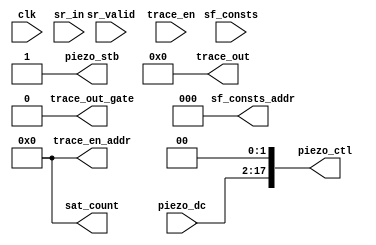
module piezo_control(
	input clk,
	input [35:0] sr_in,
	input sr_valid,
	output [17:0] piezo_ctl,
	output piezo_stb,
	output [6:0] sat_count,
	output signed [23:0] trace_out,
	output trace_out_gate,   // use piezo_stb for boundary
	(* external *)
	input [15:0] piezo_dc,  // external
	(* external *)
	input [19:0] sf_consts,  // external
	(* external *)
	output [2:0] sf_consts_addr,  // external
	(* external *)
	input [0:0] trace_en,  // external
	(* external *)
	output [6:0] trace_en_addr  // external address for trace_en
	//`AUTOMATIC_self
);

// Non-zero placeholder
// Eventually intend to use reg_mac2 or similar;
// that code takes 2K address space, and we need a bit more
// locally for interfacing (see apex2/lqg_loop1.v).

assign piezo_stb = 1;
assign piezo_ctl = {piezo_dc, 2'b0};
assign sat_count = 0;
assign trace_out = 0;
assign trace_out_gate = 0;
assign sf_consts_addr = 0;
assign trace_en_addr = 0;

endmodule